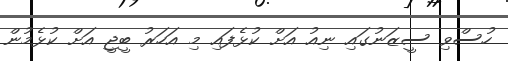
ހުސްވި ސީޒަނުގައި ނިއު އަށް ކުޅެފައި މި އަހަރު ބީޖީ އަށް ކުޅެމުން